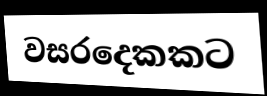
වසරදෙකකට